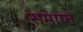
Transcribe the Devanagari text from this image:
समाप्त